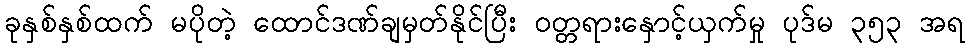
ခုနှစ်နှစ်ထက် မပိုတဲ့ ထောင်ဒဏ်ချမှတ်နိုင်ပြီး ဝတ္တရားနှောင့်ယှက်မှု ပုဒ်မ ၃၅၃ အရ